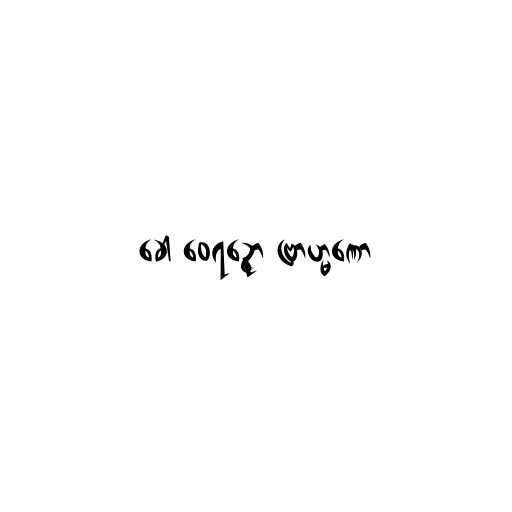
ခေါ ဝေရဉ္ဇော ဗြာဟ္မဏော